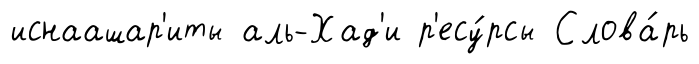
иснаашар'иты аль-Хад'и р'есу́рсы Слова́рь